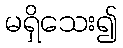
မရှိသေး၍